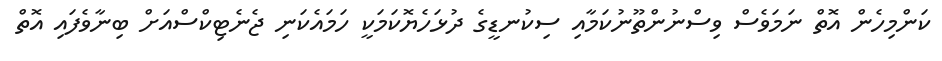
ކަންމިހެން އޮތް ނަމަވެސް ވިސްނުންތޫނުކަމާއި ސިކުނޑީގެ ދުޅަހެޔޮކަމަކީ ހަމައެކަނި ޖެނެޓިކްސްއަށް ބިނާވެފައި އޮތް